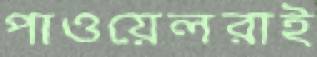
পাওয়েলরাই